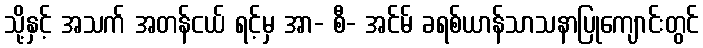
သို့နှင့် အသက် အတန်ငယ် ရင့်မှ အာ- စီ- အင်မ် ခရစ်ယာန်သာသနာပြုကျောင်းတွင်